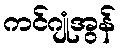
ကင်ဂျုံအွန်